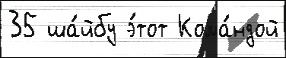
35 ша́йбу э́тот Кома́ндой